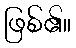
ဖြစ်၏။